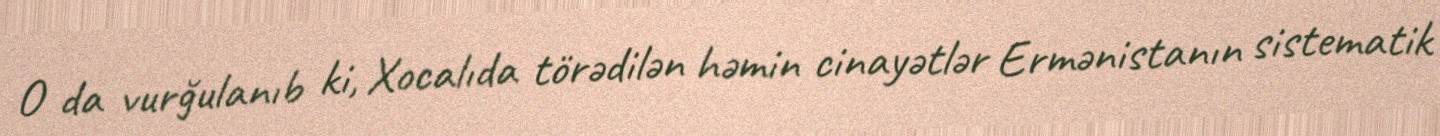
O da vurğulanıb ki, Xocalıda törədilən həmin cinayətlər Ermənistanın sistematik